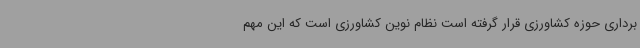
برداری حوزه کشاورزی قرار گرفته است نظام نوین کشاورزی است که این مهم